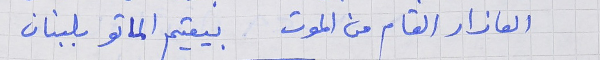
العازار القام من الموت     بيقيم الماتو بلبنان